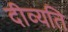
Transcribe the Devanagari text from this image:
दीव्यति